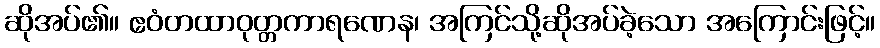
ဆိုအပ်၏။ ဧဝံတထာဝုတ္တကာရဏေန၊ အကြင်သို့ဆိုအပ်ခဲ့သော အကြောင်းဖြင့်။